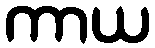
ကာယ